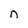
Character: n